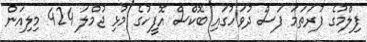
ފިލްމުގެ ފުރަތަމަ ފަސް ދުވަހުގައި ބޮކްސް އޮފީހުގެ މުޅި ޖުމްލަ 424 މިލިއަން